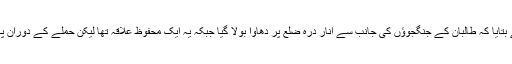
اس حوالے سے فراہ کی صوبائی کونسل کے رکن داداللہ قانی نے بتایا کہ طالبان کے جنگجوؤں کی جانب سے انار درہ ضلع پر دھاوا بولا گیا جبکہ یہ ایک محفوظ علاقہ تھا لیکن حملے کے دوران پہلے ضلع میں موجود مختلف سرکاری کمپاؤنڈز پر قبضہ کیا گیا۔